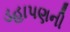
ડહાપણની